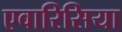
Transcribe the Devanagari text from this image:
एवारिसिया